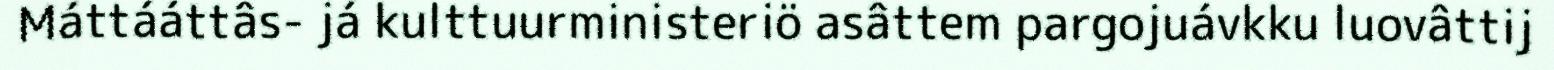
Máttááttâs- já kulttuurministeriö asâttem pargojuávkku luovâttij